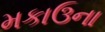
મકાઉના